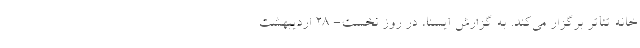
خانه تئاتر برگزار می‌کند. به گزارش ایسنا، در روز نخست- ۲۸ اردیبهشت